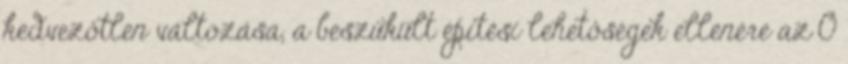
kedvezôtlen változása, a beszûkült építési lehetôségek ellenére az O